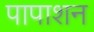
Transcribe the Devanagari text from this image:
पापाशन